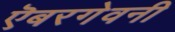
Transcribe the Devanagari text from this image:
ऎबरगेवनी